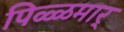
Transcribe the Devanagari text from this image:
पिळ्ळमार्